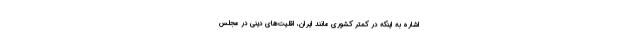
اشاره به اینکه در کمتر کشوری مانند ایران، اقلیت‌های دینی در مجلس